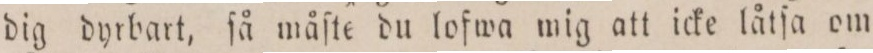
dig dyrbart, ſå måſte du lofwa mig att icke låtſa om